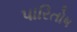
પારિતોષ